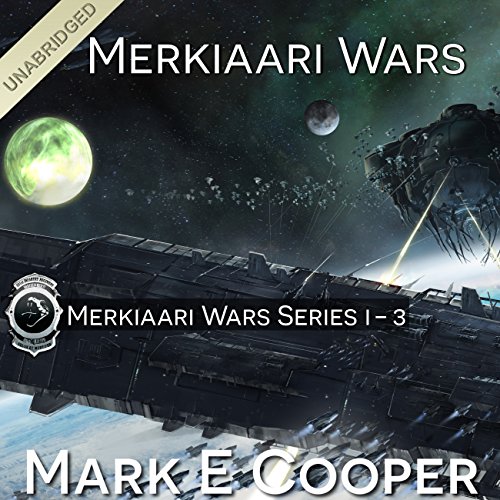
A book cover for Merkiaari Wars Series: Books 1-3; Mark E. Cooper; Mystery, Thriller & Suspense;